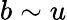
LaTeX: b\sim u